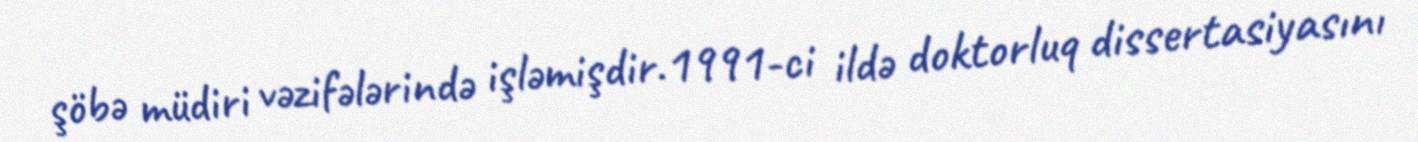
şöbə müdiri vəzifələrində işləmişdir.1991-ci ildə doktorluq dissertasiyasını